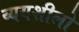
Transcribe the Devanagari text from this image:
व्ययशीलो